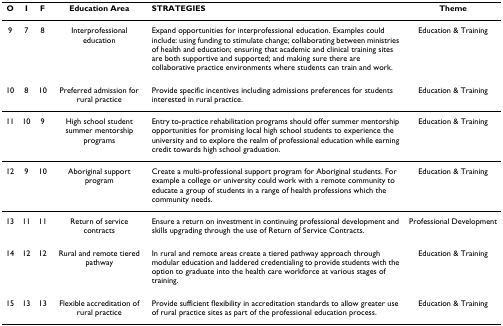
<table><thead><tr><td><b>O</b></td><td><b>I</b></td><td><b>F</b></td><td><b>Education Area</b></td><td><b>STRATEGIES</b></td><td><b>Theme</b></td></tr></thead><tbody><tr><td>9</td><td>7</td><td>8</td><td>Interprofessional education</td><td>Expand opportunities for interprofessional education. Examples could include: using funding to stimulate change; collaborating between ministries of health and education; ensuring that academic and clinical training sites are both supportive and supported; and making sure there are collaborative practice environments where students can train and work.</td><td>Education &amp; Training</td></tr><tr><td>10</td><td>8</td><td>10</td><td>Preferred admission for rural practice</td><td>Provide specific incentives including admissions preferences for students interested in rural practice.</td><td>Education &amp; Training</td></tr><tr><td>11</td><td>10</td><td>9</td><td>High school student summer mentorship programs</td><td>Entry to-practice rehabilitation programs should offer summer mentorship opportunities for promising local high school students to experience the university and to explore the realm of professional education while earning credit towards high school graduation.</td><td>Education &amp; Training</td></tr><tr><td>12</td><td>9</td><td>10</td><td>Aboriginal support program</td><td>Create a multi-professional support program for Aboriginal students. For example a college or university could work with a remote community to educate a group of students in a range of health professions which the community needs.</td><td>Education &amp; Training</td></tr><tr><td>13</td><td>11</td><td>11</td><td>Return of service contracts</td><td>Ensure a return on investment in continuing professional development and skills upgrading through the use of Return of Service Contracts.</td><td>Professional Development</td></tr><tr><td>14</td><td>12</td><td>12</td><td>Rural and remote tiered pathway</td><td>In rural and remote areas create a tiered pathway approach through modular education and laddered credentialing to provide students with the option to graduate into the health care workforce at various stages of training.</td><td>Education &amp; Training</td></tr><tr><td>15</td><td>13</td><td>13</td><td>Flexible accreditation of rural practice</td><td>Provide sufficient flexibility in accreditation standards to allow greater use of rural practice sites as part of the professional education process.</td><td>Education &amp; Training</td></tr></tbody></table>